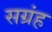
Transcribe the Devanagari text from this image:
सग्रंह